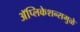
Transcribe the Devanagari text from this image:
अॅप्लिकेशन्समुळे